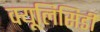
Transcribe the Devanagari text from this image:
क्यूलिसिडी